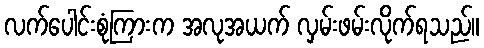
လက်ပေါင်းစုံကြားက အလုအယက် လှမ်းဖမ်းလိုက်ရသည်။